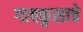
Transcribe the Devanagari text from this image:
गावकुसाचे